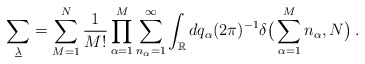
\begin{align*}\sum_{\underline{\lambda}} = \sum_{M=1}^N \frac{1}{M!} \prod_{\alpha=1}^M \sum_{n_\alpha=1}^\infty\int_\mathbb{R} dq_\alpha (2\pi)^{-1}\delta\big(\sum_{\alpha=1}^M n_\alpha,N\big)\,.\end{align*}